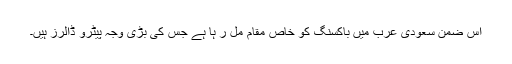
اس ضمن سعودی عرب میں باکسنگ کو خاص مقام مل ر ہا ہے جس کی بڑی وجہ پیٹرو ڈالرز ہیں۔